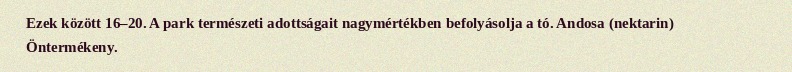
Ezek között 16–20. A park természeti adottságait nagymértékben befolyásolja a tó. Andosa (nektarin) Öntermékeny.